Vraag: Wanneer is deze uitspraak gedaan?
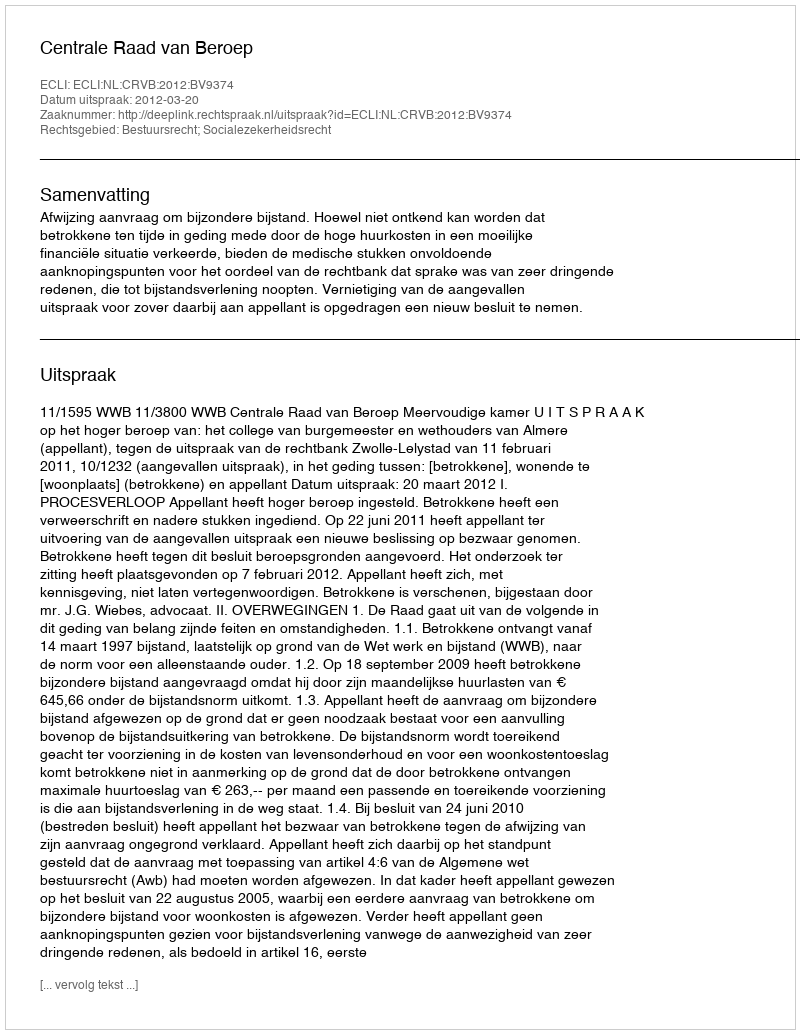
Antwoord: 2012-03-20